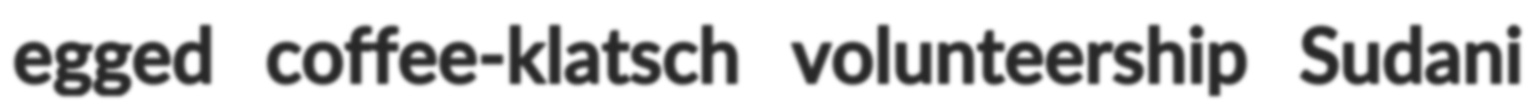
egged coffee-klatsch volunteership Sudani